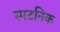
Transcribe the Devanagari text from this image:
स्पटनिक